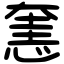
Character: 㥣